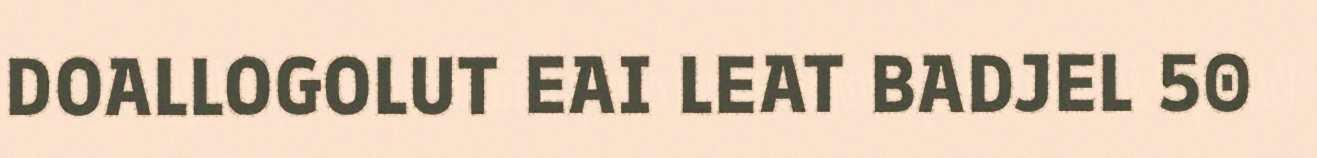
DOALLOGOLUT EAI LEAT BADJEL 50